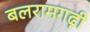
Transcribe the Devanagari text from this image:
बलरामगढ़ी